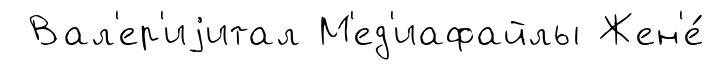
Вал'ер'иjитал М'ед'иафайлы Жен'е́